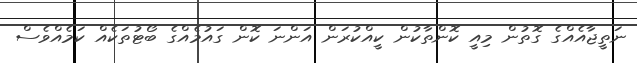
ނަތީޖާއެއްގެ ގޮތުން މިއީ ކޮންތާކުން ކީއްކުރަން އަންނަ ކޮން ގައުމެއްގެ ބޯޓުތަކެއް ކަމެއްވެސް